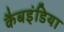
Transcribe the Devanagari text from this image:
कैबइंडिया